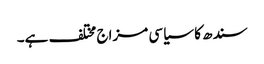
سندھ کا سیاسی مزاج مختلف ہے۔